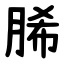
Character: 脪